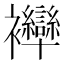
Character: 𧟗